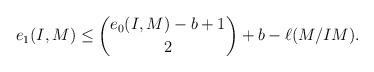
LaTeX: \begin{align*} e_1(I,M) \leq \binom{e_0(I,M) - b +1}{2}+b-\ell(M/IM) .\end{align*}